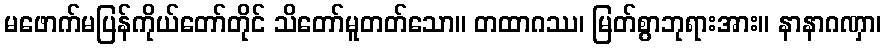
မဖောက်မပြန်ကိုယ်တော်တိုင် သိတော်မူတတ်သော။ တထာဂဿ၊ မြတ်စွာဘုရားအား။ နာနာဂဏှာ၊